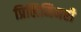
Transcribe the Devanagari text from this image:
प्रिलिमिनरी